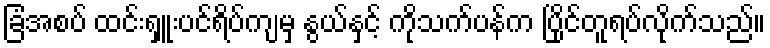
ခြံအစပ် ထင်းရှူးပင်ရိပ်ကျမှ နွယ်နှင့် ကိုသက်ပန်က ပြိုင်တူရပ်လိုက်သည်။